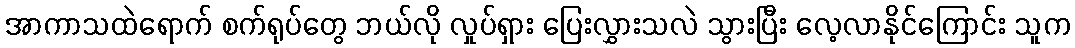
အာကာသထဲရောက် စက်ရုပ်တွေ ဘယ်လို လှုပ်ရှား ပြေးလွှားသလဲ သွားပြီး လေ့လာနိုင်ကြောင်း သူက